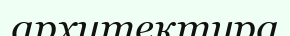
архитектура